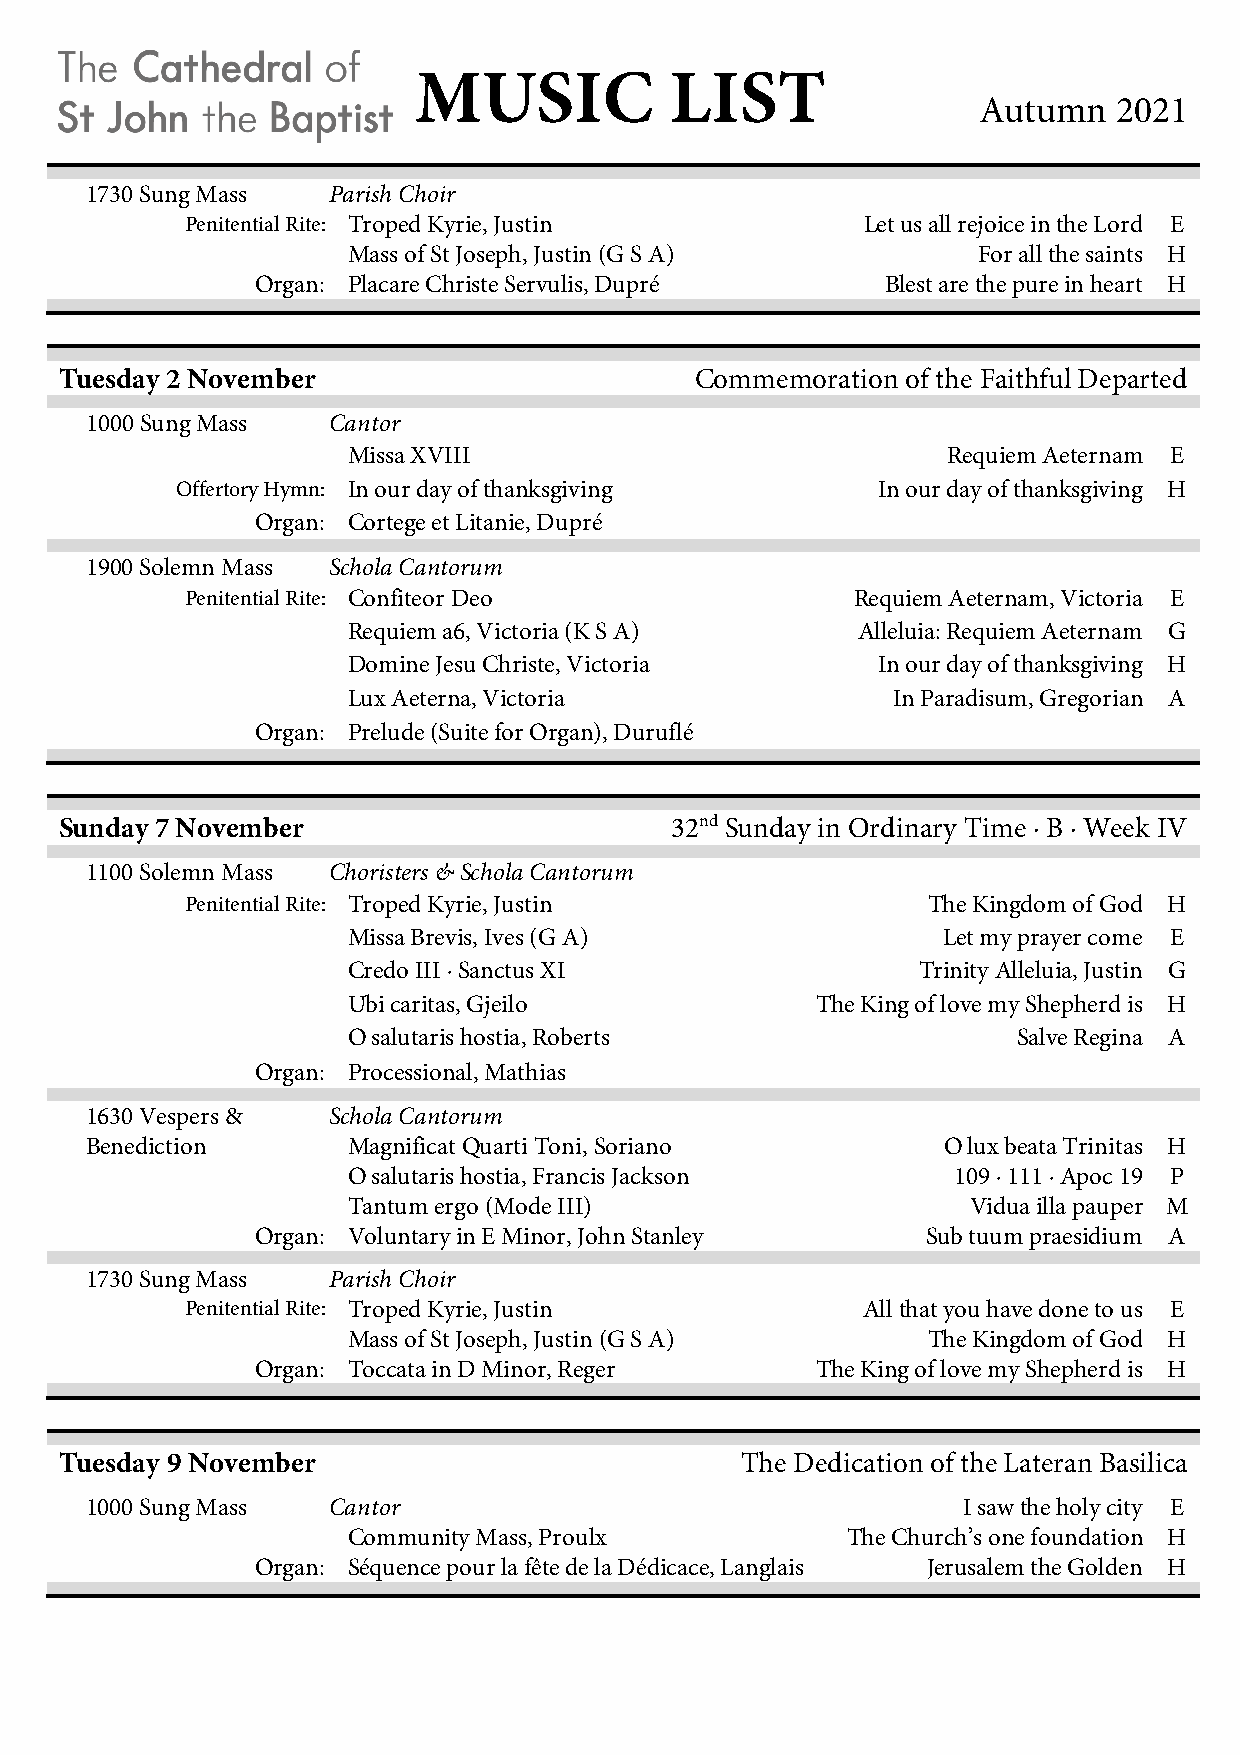
MUSIC            LIST
 Autumn   2021
 1730 Sung Mass  Parish Choir
 Penitential Rite: Troped Kyrie, Justin       Let us all rejoice in the Lord E
 Mass of St Joseph, Justin (G S A)         For all the saints H
 Organ: Placare Christe Servulis, Dupré    Blest are the pure in heart H
 Tuesday 2 November                        Commemoration of the Faithful Departed
 1000 Sung Mass  Cantor
 Missa XVIII                             Requiem Aeternam E
 Offertory Hymn: In our day of thanksgiving    In our day of thanksgiving H
 Organ: Cortege et Litanie, Dupré
 1900 Solemn Mass Schola Cantorum
 Penitential Rite: Confiteor Deo              Requiem Aeternam, Victoria E
 Requiem a6, Victoria (K S A)      Alleluia: Requiem Aeternam G
 Domine Jesu Christe, Victoria      In our day of thanksgiving H
 Lux Aeterna, Victoria               In Paradisum, Gregorian A
 Organ: Prelude (Suite for Organ), Duruflé
 Sunday 7 November                       32nd Sunday in Ordinary Time ∙ B ∙ Week IV
 1100 Solemn Mass Choristers & Schola Cantorum
 Penitential Rite: Troped Kyrie, Justin           The Kingdom of God H
 Missa Brevis, Ives (G A)               Let my prayer come E
 Credo III ∙ Sanctus XI                Trinity Alleluia, Justin G
 Ubi caritas, Gjeilo            The King of love my Shepherd is H
 O salutaris hostia, Roberts                 Salve Regina A
 Organ: Processional, Mathias
 1630 Vespers &  Schola Cantorum
 Benediction      Magnificat Quarti Toni, Soriano        O lux beata Trinitas H
 O salutaris hostia, Francis Jackson     109 ∙ 111 ∙ Apoc 19 P
 Tantum ergo (Mode III)                   Vidua illa pauper M
 Organ: Voluntary in E Minor, John Stanley   Sub tuum praesidium A
 1730 Sung Mass  Parish Choir
 Penitential Rite: Troped Kyrie, Justin       All that you have done to us E
 Mass of St Joseph, Justin (G S A)     The Kingdom of God H
 Organ: Toccata in D Minor, Reger     The King of love my Shepherd is H
 Tuesday 9 November                           The Dedication of the Lateran Basilica
 1000 Sung Mass  Cantor                                    I saw the holy city E
 Community Mass, Proulx           The Church’s one foundation H
 Organ: Séquence pour la fête de la Dédicace, Langlais Jerusalem the Golden H